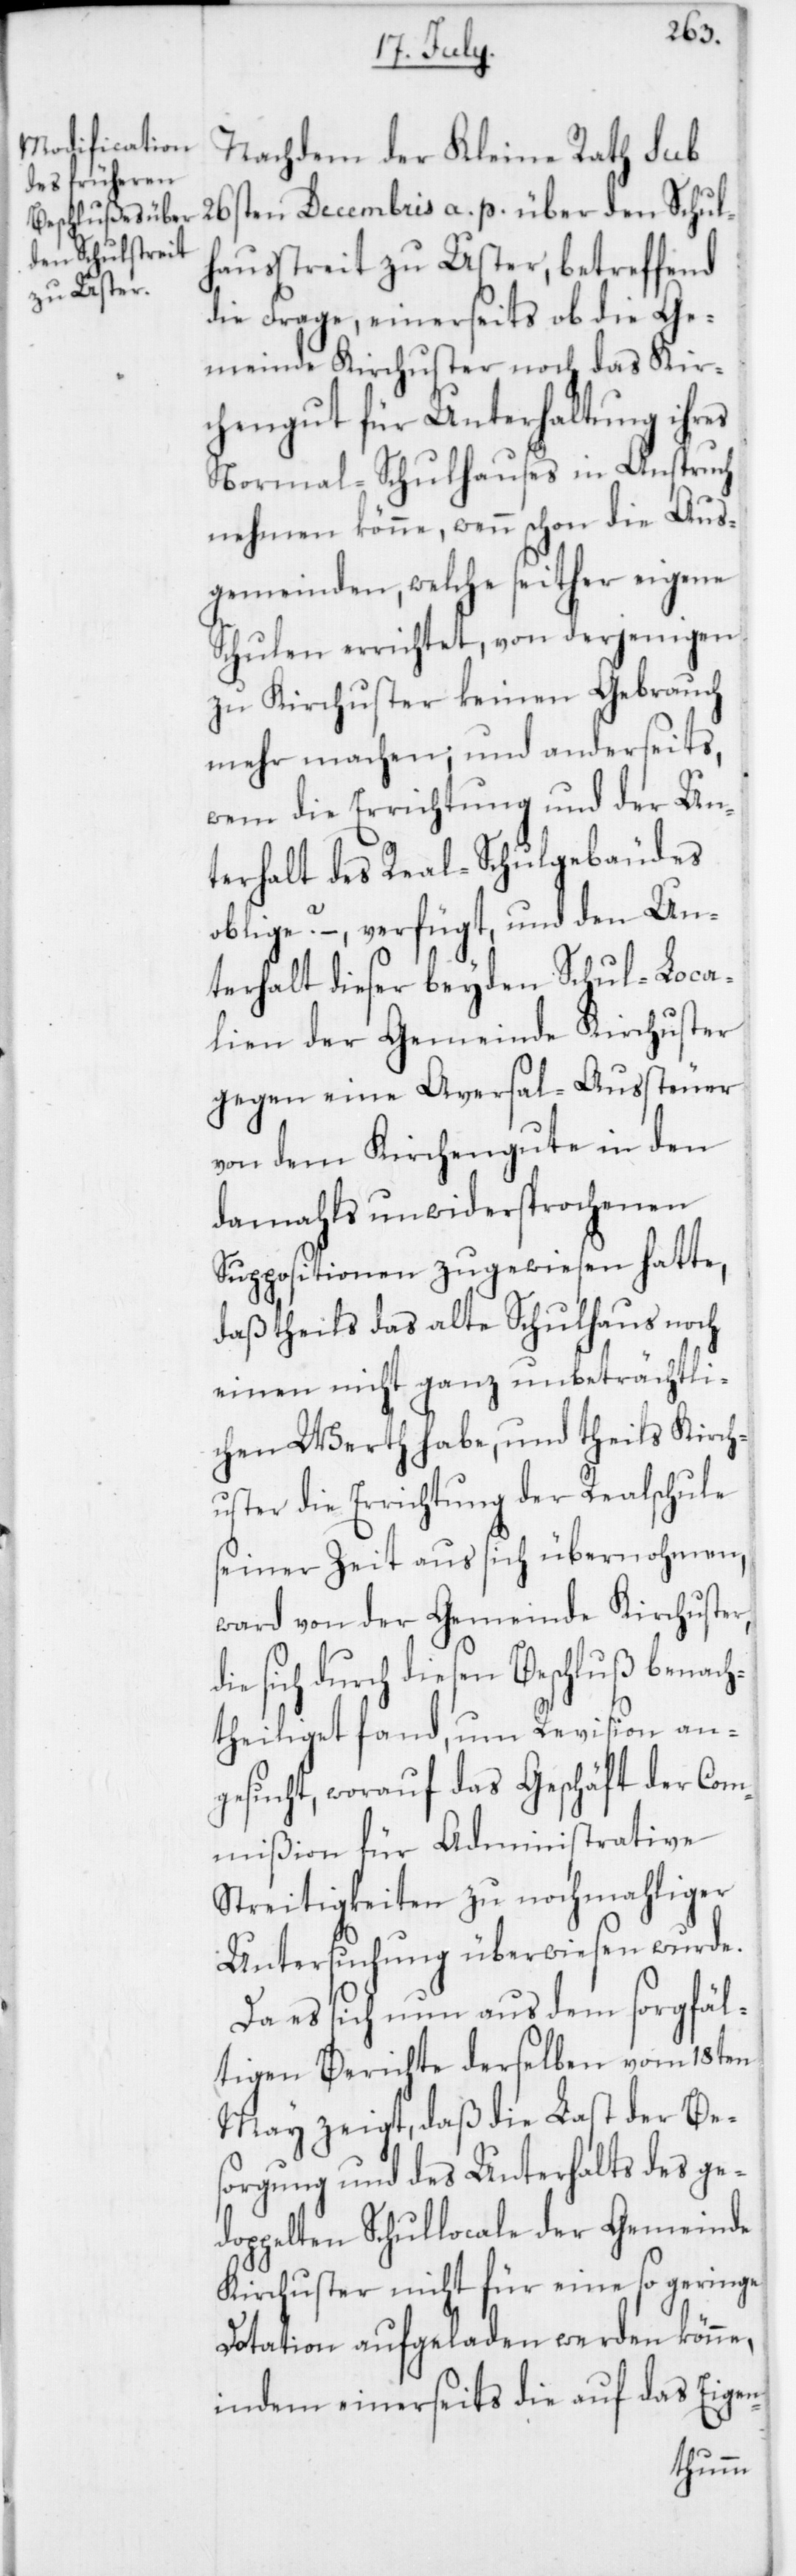
Nachdem der Kleine Rath sub
26sten Decembris a. p. über den Schul¬
hausstreit zu Uster, betreffend
die Frage, einerseits ob die Ge¬
meinde Kirchuster noch das Kir¬
chengut für Unterhaltung ihres
Normal-Schulhauses in Anspruch
nehmen könne, wenn schon die Aus¬
gemeinden, welche seither eigene
Schulen errichtet, von derjenigen
zu Kirchuster keinen Gebrauch
mehr machen; und anderseits,
wem die Errichtung und der Un¬
terhalt des Real-Schulgebäudes
oblige? – verfügt, und den Un¬
terhalt dieser beyden Schul-Loca¬
lien der Gemeinde Kirchuster
gegen eine Aversal-Aussteuer
von dem Kirchengute in den
damahls unwidersprochenen
Suppositionen zugewiesen hatte,
daß theils das alte Schulhaus noch
einen nicht ganz unbeträchtli¬
chen Werth habe, und theils Kirch¬
uster die Errichtung der Realschule
seiner Zeit aus sich übernohmen,
ward von der Gemeinde Kirchuster
sich durch diesen Beschluß benach¬
theiliget fand, um Revision an¬
gesucht, worauf das Geschäft der Com¬
mißion für Administrative
Streitigkeiten zu nochmahliger
Untersuchung überwiesen wurde.
Da es sich nun aus dem sorgfäl¬
tigen Berichte derselben vom 18ten
May zeigt, daß die Last der Be¬
sorgung und des Unterhalts des ge¬
doppelten Schullocale der Gemeinde
Kirchuster nicht für eine so geringe
Dotation aufgeladen werden könne,
indem einerseits die auf das Eigen-